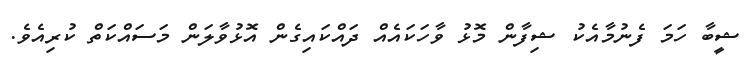
ޝީބާ ހަމަ ފެނުމާއެކު ޝިފާން މޮޅު ވާހަކައެއް ދައްކައިގެން އޮޅުވާލަން މަސައްކަތް ކުރިއެވެ.